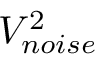
V _ { n o i s e } ^ { 2 }